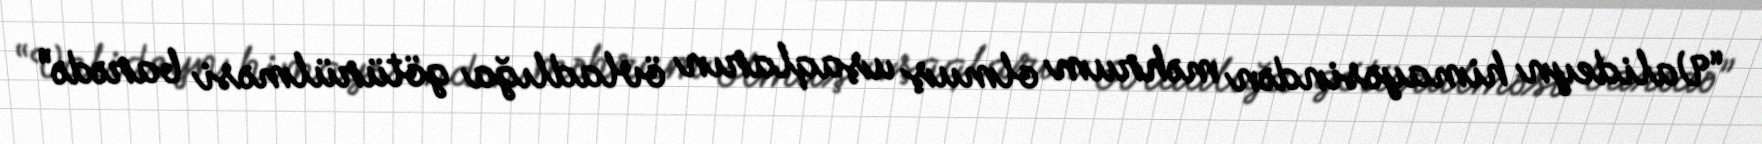
“Valideyn himayəsindən məhrum olmuş uşaqların övladlığa götürülməsi barədə”